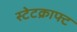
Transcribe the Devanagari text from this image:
स्टेटक्राफ्ट